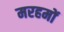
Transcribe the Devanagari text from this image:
मरहमों